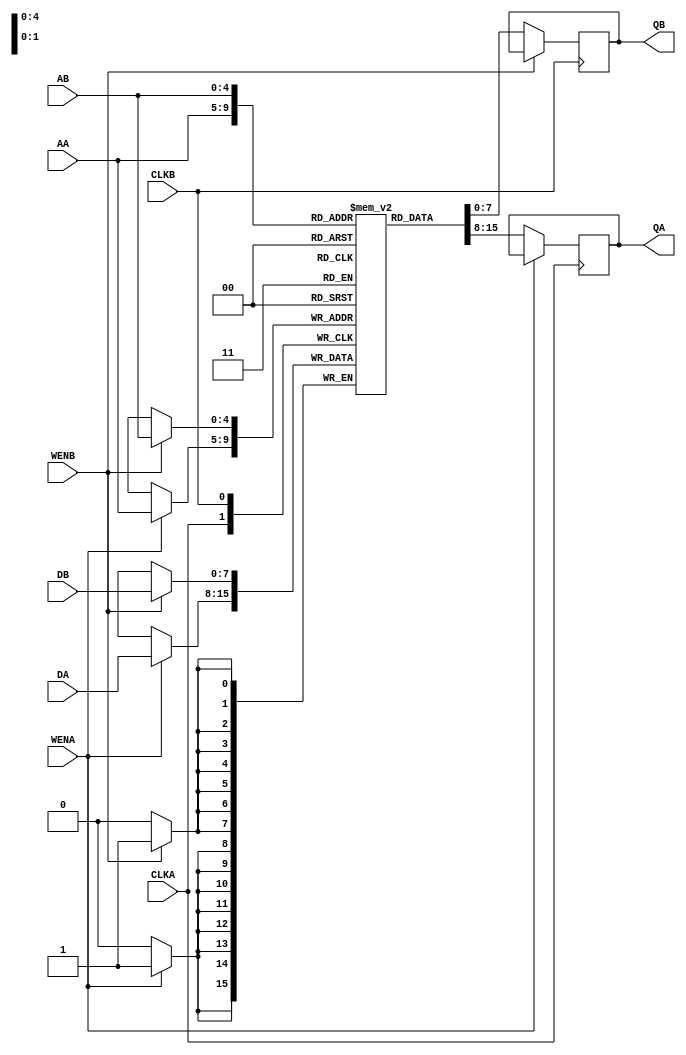
module dpr_32_8q(DA,DB,CLKA,CLKB,QA,QB,AA,AB,WENA,WENB);
  input [7:0] DA,DB;
  input [4:0] AA,AB;
  output  reg [7:0] QA,QB;
input CLKA,CLKB,WENA,WENB;
parameter depth=32;
parameter width=8;
reg [width-1:0] mem[depth-1:0];
  
  always@(posedge CLKA)
begin
  if(WENA==1)
    mem[AA]<=DA;
else
  QA<=mem[AA];
end
  always@(posedge CLKB)
begin
  if(WENB==1)
    mem[AB]<=DB;
else
  QB<=mem[AB];
end
endmodule